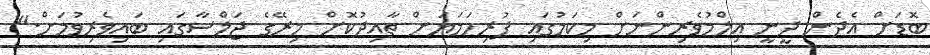
ބޮޑަށް އެދެން ދީނީ އިލްމުވެރިންނަށް މިކަމުގައި ފުރިހަމަޔަށް ތާއިދުކޮށް މިރޭގެ ޖަލްސާގައި ބައިވެރިވުމަށް."